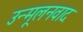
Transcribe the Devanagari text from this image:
उन्मूलनवाद